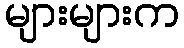
များများက